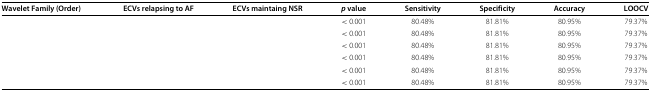
<table><thead><tr><td><b>Wavelet Family (Order)</b></td><td><b>ECVs relapsing to AF</b></td><td><b>ECVs maintaing NSR</b></td><td><b><i>p</i> value</b></td><td><b>Sensitivity</b></td><td><b>Specificity</b></td><td><b>Accuracy</b></td><td><b>LOOCV</b></td></tr></thead><tbody><tr><td>[EMPTY_CELL]</td><td>[EMPTY_CELL]</td><td>[EMPTY_CELL]</td><td>&lt; 0.001</td><td>80.48%</td><td>81.81%</td><td>80.95%</td><td>79.37%</td></tr><tr><td>[EMPTY_CELL]</td><td>[EMPTY_CELL]</td><td>[EMPTY_CELL]</td><td>&lt; 0.001</td><td>80.48%</td><td>81.81%</td><td>80.95%</td><td>79.37%</td></tr><tr><td>[EMPTY_CELL]</td><td>[EMPTY_CELL]</td><td>[EMPTY_CELL]</td><td>&lt; 0.001</td><td>80.48%</td><td>81.81%</td><td>80.95%</td><td>79.37%</td></tr><tr><td>[EMPTY_CELL]</td><td>[EMPTY_CELL]</td><td>[EMPTY_CELL]</td><td>&lt; 0.001</td><td>80.48%</td><td>81.81%</td><td>80.95%</td><td>79.37%</td></tr><tr><td>[EMPTY_CELL]</td><td>[EMPTY_CELL]</td><td>[EMPTY_CELL]</td><td>&lt; 0.001</td><td>80.48%</td><td>81.81%</td><td>80.95%</td><td>79.37%</td></tr><tr><td>[EMPTY_CELL]</td><td>[EMPTY_CELL]</td><td>[EMPTY_CELL]</td><td>&lt; 0.001</td><td>80.48%</td><td>81.81%</td><td>80.95%</td><td>79.37%</td></tr></tbody></table>